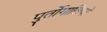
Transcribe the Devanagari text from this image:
पुर्तोगालियों